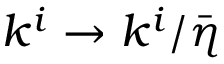
k ^ { i } \to k ^ { i } / \bar { \eta }